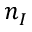
n _ { I }